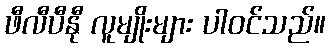
ဖီလီပီနီု လူမျိုးများ ပါဝင်သည်။